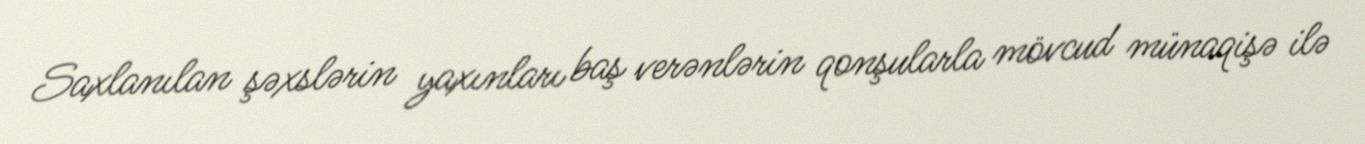
Saxlanılan şəxslərin yaxınları baş verənlərin qonşularla mövcud münaqişə ilə